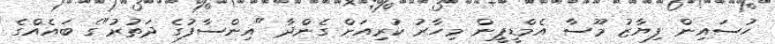
ހުސައިން ފިޔާޒު މޫސާ އެމްޑީޕީން މިހާރު ކުރިއަށް ގެންދާ "އިންސާފުގެ ދަތުރު"ގެ ބައެއްގެ